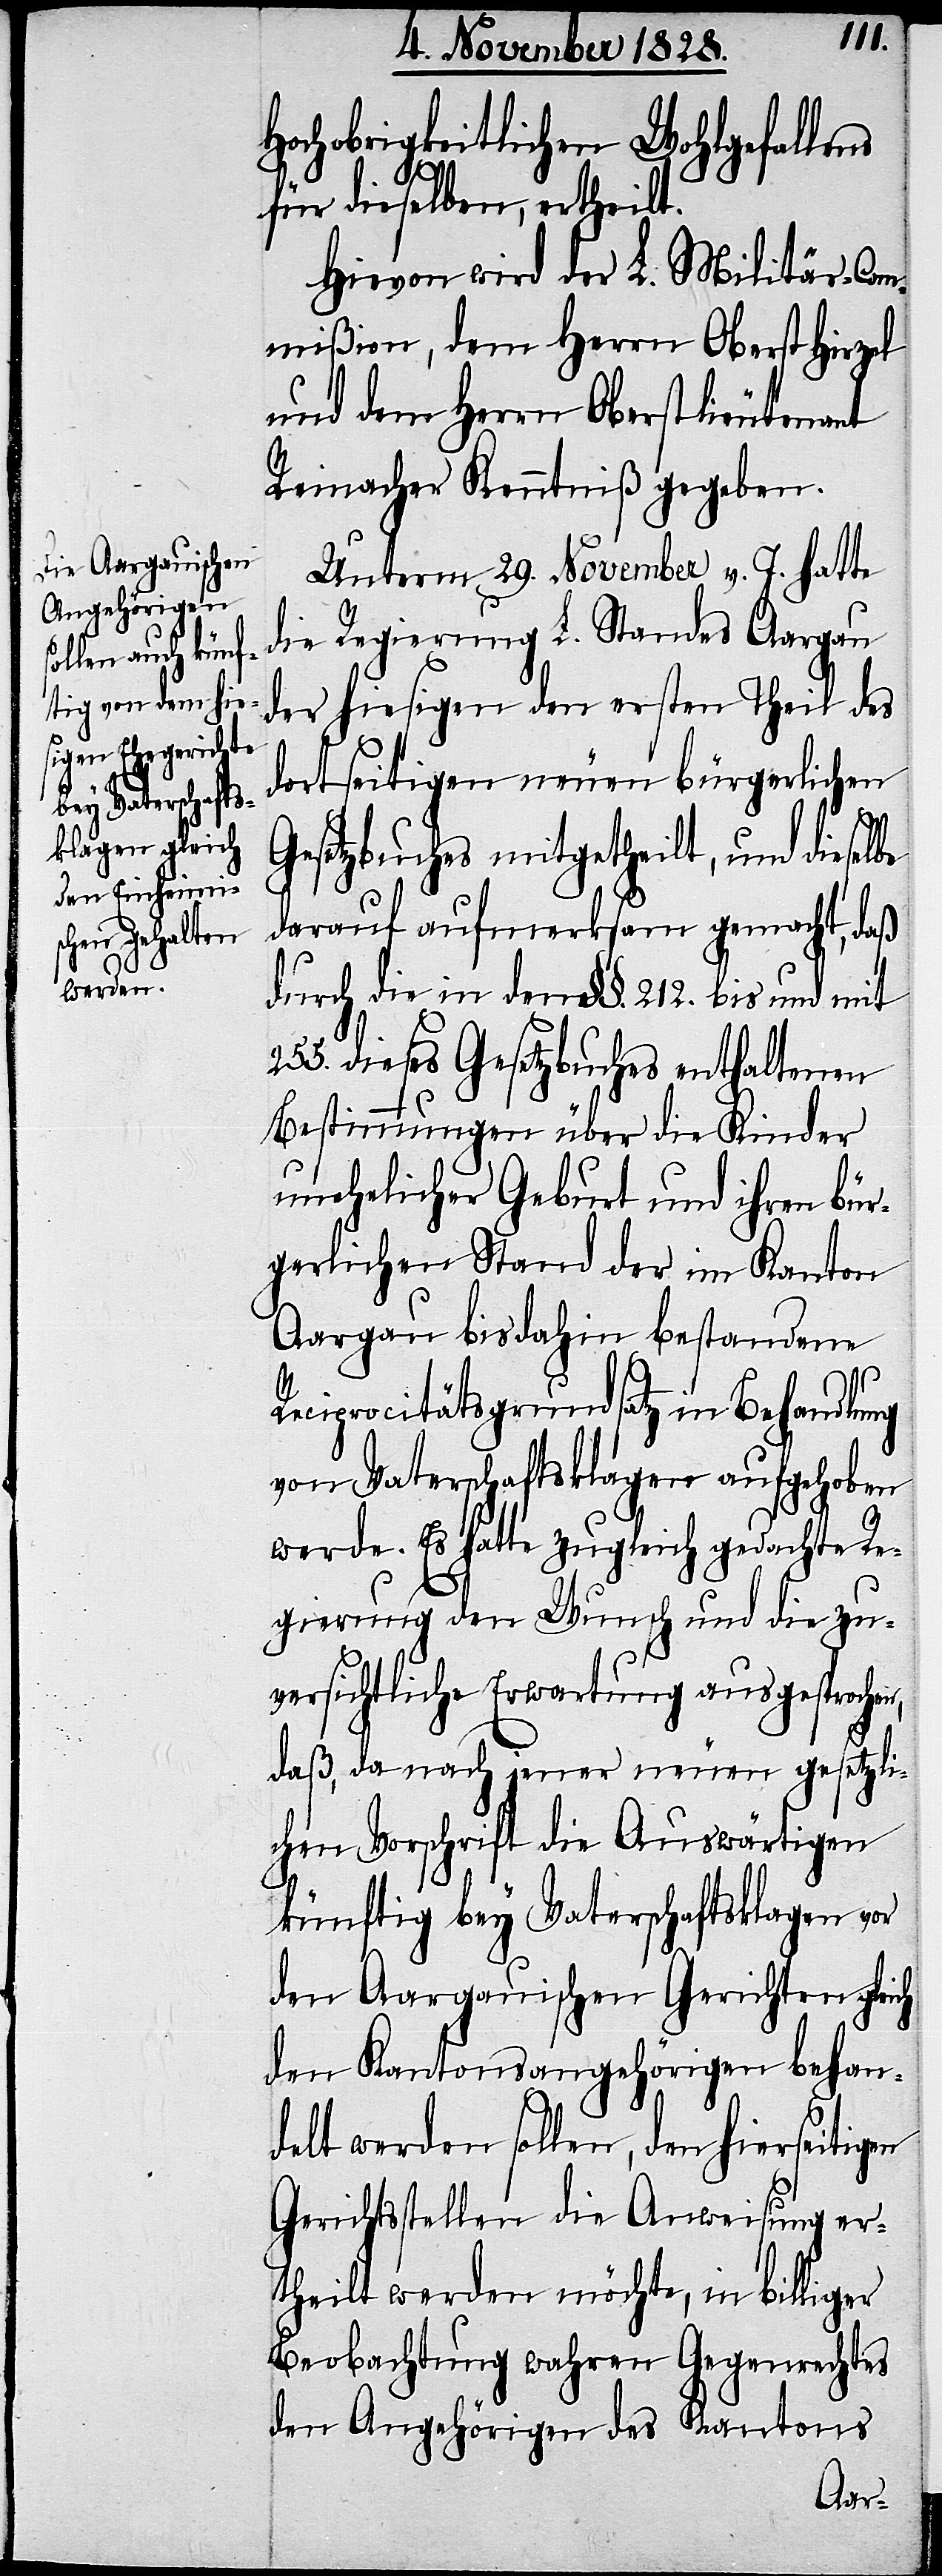
n,
Hochobrigkeitlichen Wohlgefallens
für dieselben, ertheilt.
Hievon wird der L. Militär-Com¬
mißion, dem Herrn Oberst Hirzel
und dem Herrn Oberstlieutenant
Reinacher Kenntniß gegeben.
Unterm 29. November v. J. hatte
die Regierung L. Standes Aargau
der hiesigen den ersten Theil des
dortseitigen neuen bürgerlichen
Gesetzbuches mitgetheilt, und dieselbe
darauf aufmerksam gemacht, daß
durch die in dem §§. 212. bis und mit
dieses Gesetzbuches enthaltenen
Bestimmungen über die Kinder
unehelicher Geburt und ihren bür¬
gerlichen Stand der im Kanton
Aargau bisdahin bestandene
Reciprocitätsgrundsatz in Behandlung
von Vaterschaftsklagen aufgehoben
werde. Es hatte zugleich gedachte Re¬
gierung den Wunsch und die zu¬
versichtliche Erwartung ausgesproche¬
daß, da nach jener neuen gesetzli¬
chen Vorschrift die Auswärtigen
künftig bey Vaterschaftsklagen vor
den Aargauischen Gerichten gleich
den Kantonsangehörigen behan¬
delt werden sollen, den hierseitigen
Gerichtsstellen die Anweisung er¬
theilt werden möchte, in billiger
Beobachtung wahren Gegenrechtes
den Angehörigen des Kantons